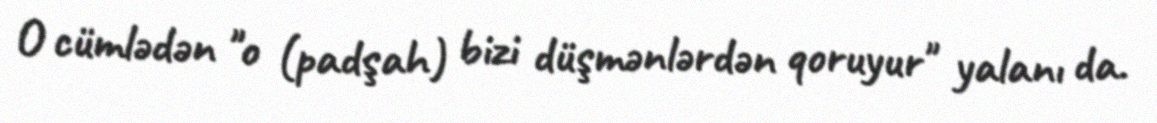
O cümlədən "o (padşah) bizi düşmənlərdən qoruyur" yalanı da.